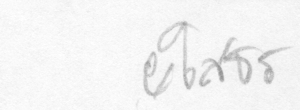
ยโสธร